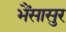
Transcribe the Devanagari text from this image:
भैंसासुर